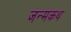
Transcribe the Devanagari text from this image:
जन्मकथ